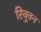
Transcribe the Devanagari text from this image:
रिवुवन